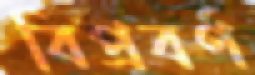
বিপ্রবর্ণ